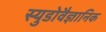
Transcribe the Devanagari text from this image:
स्युडोवैज्ञानिक